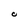
Character: C